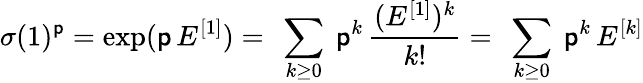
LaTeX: \sigma(1)^{\mathsf{p}}=\exp(\mathsf{p}\, E^{[1]})=\ \sum_{k\ge0}\ \mathsf{p}^{k}\, {\frac{{(E^{[1]})^{k}}}{{k!}}}=\ \sum_{k\ge0}\ \mathsf{p}^{k}\, E^{[k]}